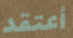
أعتقد